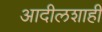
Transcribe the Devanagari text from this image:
आदीलशाही